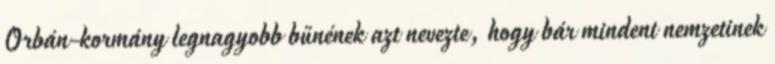
Orbán-kormány legnagyobb bűnének azt nevezte, hogy bár mindent nemzetinek